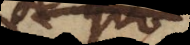
se, quod